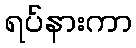
ရပ်နားကာ